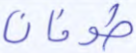
طوفان